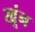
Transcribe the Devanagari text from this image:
खूंन